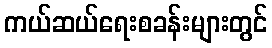
ကယ်ဆယ်ရေးစခန်းများတွင်